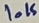
Text: 10K